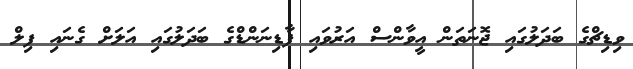
ވިޑިޗްގެ ބަދަލުގައި ޖޮނަތަން އީވާންސް އަރުވައި ފާޑިނަންޑްގެ ބަދަލުގައި އަލަށް ގެނައި ފިލް